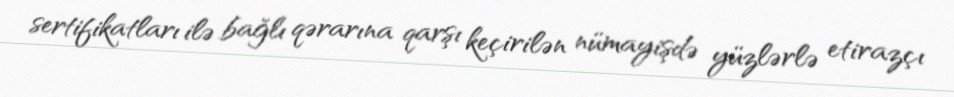
sertifikatları ilə bağlı qərarına qarşı keçirilən nümayişdə yüzlərlə etirazçı